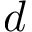
d